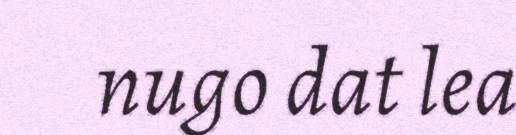
nugo dat lea